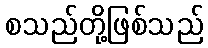
စသည်တို့ဖြစ်သည်